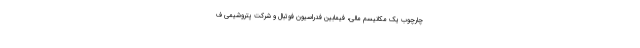
چارچوب یک مکانیسم مالی، فیمابین فدراسیون فوتبال و شرکت پتروشیمی ف